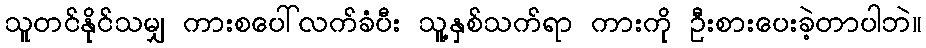
သူတင်နိုင်သမျှ ကားစပေါ်လက်ခံပီး သူ့နှစ်သက်ရာ ကားကို ဦးစားပေးခဲ့တာပါဘဲ။